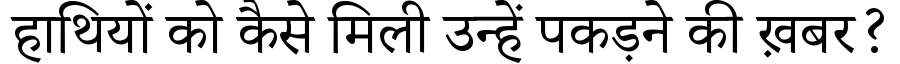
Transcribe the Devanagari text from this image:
हाथियों को कैसे मिली उन्हें पकड़ने की ख़बर?